Annual report of the Central Committee of the Association together with the report of the directors of the Pasteur Institute at Kasauli
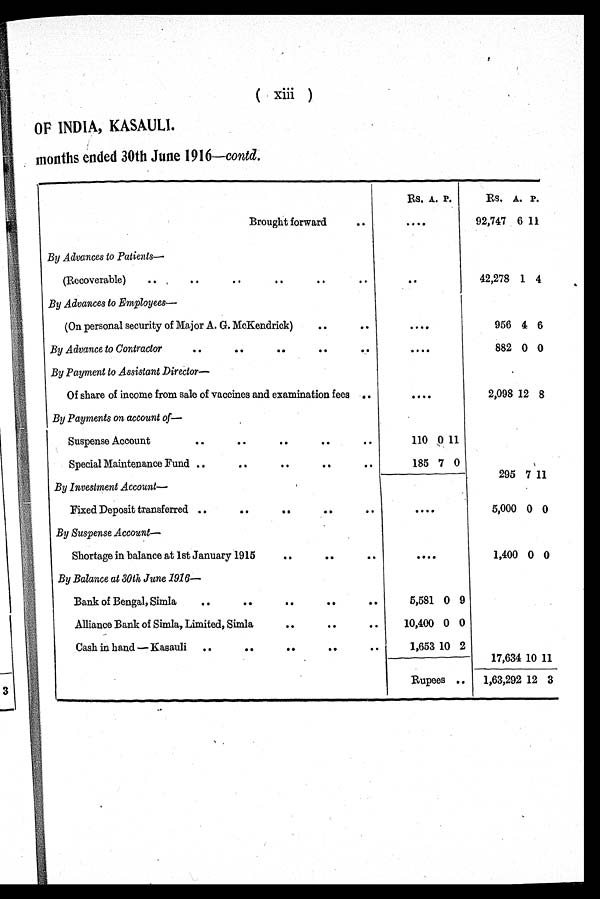
( xiii )
OF INDIA, KASAULI.
months ended 30th June 1916—contd.
Rs. A.
P . Rs. A. P.
Brought forward
..
. . . .
92,747 6 11
By Advances to Patients—
(Recoverable)
..
..
..
..
..
..
..
42,278 1 4
By Advances to Employees
(On personal security of Major A. G. McKendrick)
.. ..
956 4 6
By Advance to Contractor
.. .. .. ..
. . . .
882 0 0
By Payment to Assistant Director—
.
Of share of income from sale of vaccines and examination fees
..
. . . .
2,098 12 8
By Payments on account of—
Suspense Account
..
..
..
..
..
110 0 1 1
Special Maintenance Fund ..
.. .. .. ..
185 7 0
295 7 11
By Investment Account—
Fixed Deposit transferred ..
..
..
..
..
. . . .
5,000 0 0
By Suspense Account—
Shortage in balance at 1st January 1915
.. ..
. . . .
1,400 0 0
By Balance at 30th June 1916—
Bank of Bengal, Simla
.. .. .. .. ..
5,581 0 9
Alliance Bank of Simla, Limited, Simla
.. ..
..
10,400 0 0
Cash in hand — Kasauli
.. .. .. .. ..
1,653 10 2
17,634 10 11
Rupees ..
1,63,292 12 3